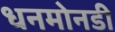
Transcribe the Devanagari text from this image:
धनमोनडी